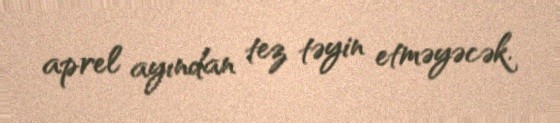
aprel ayından tez təyin etməyəcək.